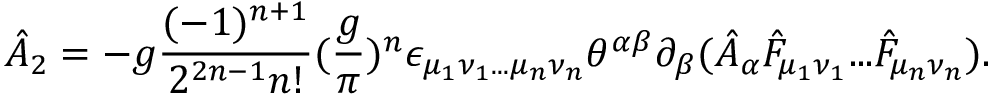
\hat { \cal A } _ { 2 } = - g { \frac { ( - 1 ) ^ { n + 1 } } { 2 ^ { 2 n - 1 } n ! } } ( { \frac { g } { \pi } } ) ^ { n } \epsilon _ { \mu _ { 1 } \nu _ { 1 } . . . \mu _ { n } \nu _ { n } } \theta ^ { \alpha \beta } \partial _ { \beta } ( \hat { A } _ { \alpha } \hat { F } _ { \mu _ { 1 } \nu _ { 1 } } . . . \hat { F } _ { \mu _ { n } \nu _ { n } } ) .